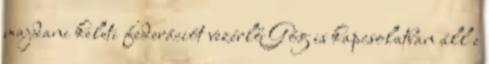
majdani keleti federációt vezérlő Góg is kapcsolatban áll e